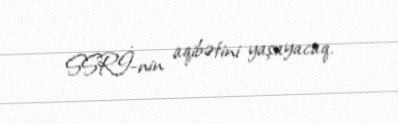
SSRİ-nin aqibətini yaşayacaq.